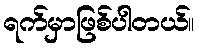
ရက်မှာဖြစ်ပါတယ်။